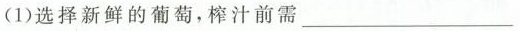
(1)选择新鲜的葡萄，榨汁前需___